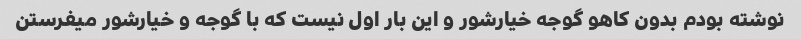
نوشته بودم بدون کاهو گوجه خیارشور و این بار اول نیست که با گوجه و خیارشور میفرستن